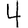
Digit: 4